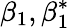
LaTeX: \beta_{1},\beta_{1}^{*}